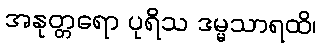
အနုတ္တရော ပုရိသ ဒမ္မသာရထိ၊